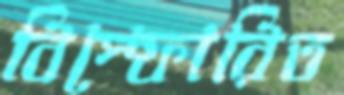
বিস্ফোরিত